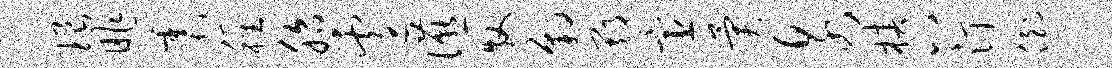
琅昨震稚胎遽宴牧豹期宦异泉椿八汀倒